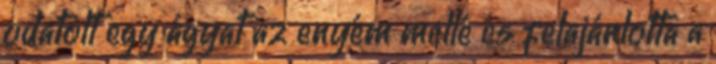
odatolt egy ágyat az enyém mellé és felajánlotta a